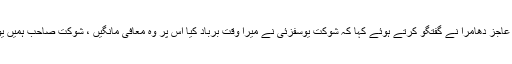
اس حوالے سے پی پی رہنما عاجز دھامرا نے گفتگو کرتے ہوئے کہا کہ شوکت یوسفزئی نے میرا وقت برباد کیا اس پر وہ معافی مانگیں ، شوکت صاحب ہمیں یورپ والی بی آر ٹی دکھائیں۔